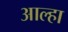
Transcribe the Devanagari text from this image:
आल्‍हा